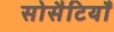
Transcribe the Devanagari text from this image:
सोसैटियाँ